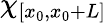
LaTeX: \chi_{{[x_{0},x_{0}+L]}}